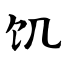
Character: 饥